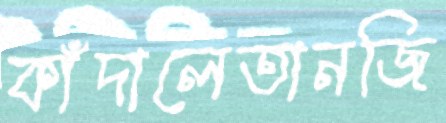
কাঁদালেতানজি